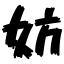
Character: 妨